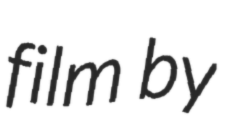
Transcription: film by